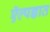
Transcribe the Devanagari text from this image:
ऍल्पज्ञात